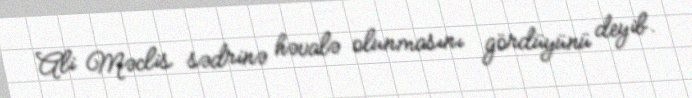
Ali Məclis sədrinə həvalə olunmasını gördüyünü deyib.